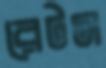
রেটস